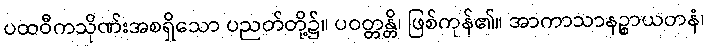
ပထဝီကသိုဏ်းအစရှိသော ပညတ်တို့၌။ ပဝတ္တန္တိ၊ ဖြစ်ကုန်၏။ အာကာသာနဉ္စာယတနံ၊